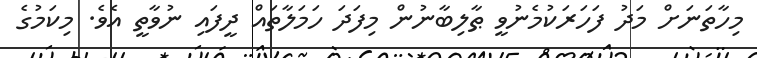
މިހާތަނަށް މަދު ފަހަރަކުމެނުވީ ޠާލިބާނުން މިފަދަ ހަމަލާތައް ދީފައި ނުވާތީ އެވެ. މިކަމުގެ